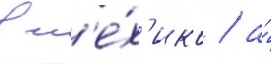
в м'е́х'ико / а́